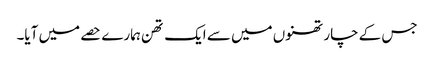
جس کے چار تھنوں میں سے ایک تھن ہمارے حصے میں آیا۔